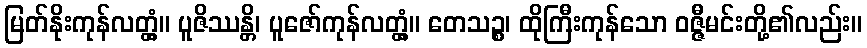
မြတ်နိုးကုန်လတ္တံ့။ ပူဇိဿန္တိ၊ ပူဇော်ကုန်လတ္တံ့။ တေသဉ္စ၊ ထိုကြီးကုန်သော ဝဇ္ဇီမင်းတို့၏လည်း။